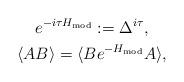
LaTeX: \begin{gather*}e^{-i\tau H_{\rm mod}}:=\Delta^{i\tau},\\\langle AB \rangle = \langle Be^{-H_{\rm mod}}A \rangle,\end{gather*}